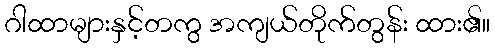
ဂါထာများနှင့်တကွ အကျယ်တိုက်တွန်း ထား၏။